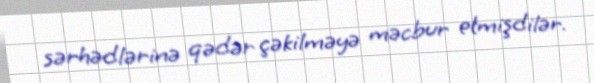
sərhədlərinə qədər çəkilməyə məcbur etmişdilər.